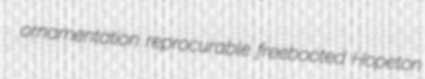
ornamentation reprocurable freebooted Hopeton